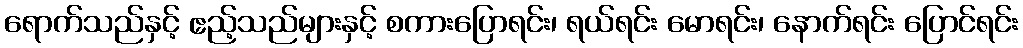
ရောက်သည်နှင့် ဧည့်သည်များနှင့် စကားပြောရင်း၊ ရယ်ရင်း မောရင်း၊ နောက်ရင်း ပြောင်ရင်း